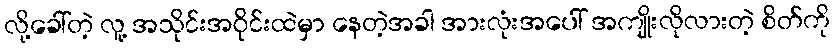
လို့ခေါ်တဲ့ လူ့ အသိုင်းအဝိုင်းထဲမှာ နေတဲ့အခါ အားလုံးအပေါ် အကျိုးလိုလားတဲ့ စိတ်ကို